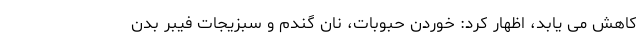
کاهش می یابد، اظهار کرد: خوردن حبوبات، نان گندم و سبزیجات فیبر بدن